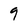
Character: 9